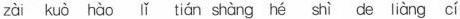
zài kuò hào tián shàng hé shì de liàng cí